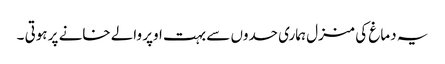
یہ دماغ کی منزل ہماری حدوں سے بہت اوپر والے خانے پر ہوتی ۔